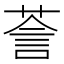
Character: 𮏵